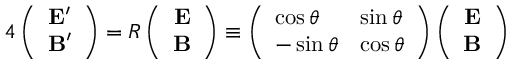
4 \left( \begin{array} { c } { { { \bf E } ^ { \prime } } } \\ { { { \bf B } ^ { \prime } } } \end{array} \right) = R \left( \begin{array} { c } { { { \bf E } } } \\ { { { \bf B } } } \end{array} \right) \equiv \left( \begin{array} { l l } { { \cos \theta } } & { { \sin \theta } } \\ { { - \sin \theta } } & { { \cos \theta } } \end{array} \right) \left( \begin{array} { c } { { { \bf E } } } \\ { { { \bf B } } } \end{array} \right)